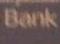
bank